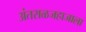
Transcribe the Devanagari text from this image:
अंतराळजहाजाला